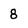
Character: 8